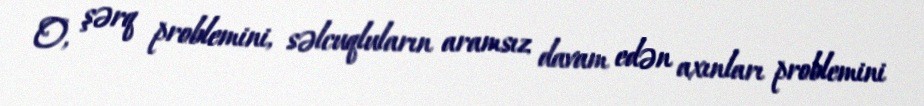
O, şərq problemini, səlcuqluların aramsız davam edən axınları problemini